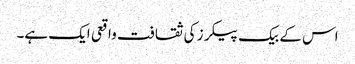
اس کے بیک پیکرز کی ثقافت واقعی ایک ہے۔